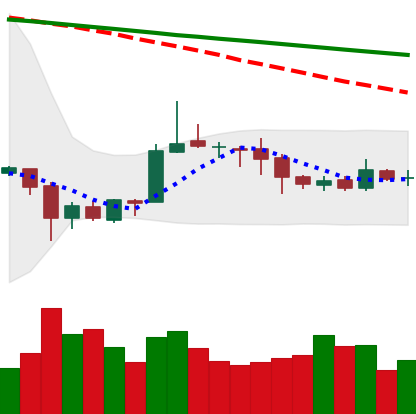
Ticker: ETC-USD
Chart end date: 2020-10-08
Forward return: 3.37%
Label: up_3_5